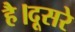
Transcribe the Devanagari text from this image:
है।दूसरे